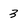
Character: 3